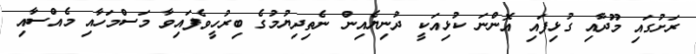
ރަށުގައި މޫދާއި ގުޅިފައި އޮންނަ ކުޅިއަކީ ދުނިޔެއިން ނެތިދިޔުމުގެ ބިރުހީވެފައިވާ މަސްމަހާއި މެއްސާއި